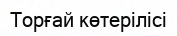
Торғай көтерілісі